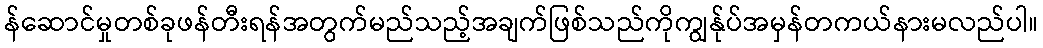
န်ဆောင်မှုတစ်ခုဖန်တီးရန်အတွက်မည်သည့်အချက်ဖြစ်သည်ကိုကျွန်ုပ်အမှန်တကယ်နားမလည်ပါ။